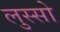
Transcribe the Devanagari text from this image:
लुस्सो